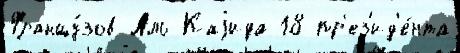
Францу́зов Аль-Каjида 18 пр'ез'ид'е́нта